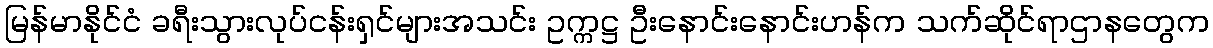
မြန်မာနိုင်ငံ ခရီးသွားလုပ်ငန်းရှင်များအသင်း ဥက္ကဋ္ဌ ဦးနောင်းနောင်းဟန်က သက်ဆိုင်ရာဌာနတွေက